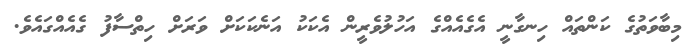
މިބާވަތުގެ ކަންތައް ހިނގާނީ އެގެއެއްގެ އަހުލުވެރީން އެކަކު އަނެކަކަށް ވަރަށް ހިތްސާފު ގެއެއްގައެވެ.